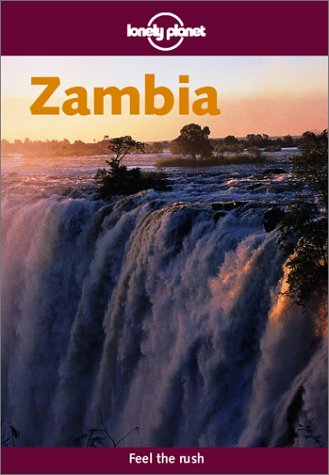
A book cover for Zambia (Lonely Planet Zambia); David Else; Travel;